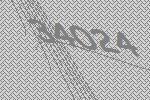
34024